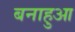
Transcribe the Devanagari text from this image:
बनाहुआ